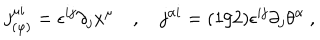
j _ { ( \varphi ) } ^ { \mu i } = \epsilon ^ { i j } \partial _ { j } x ^ { \mu } \quad , \quad j ^ { \alpha i } = ( 1 / 2 ) \epsilon ^ { i j } \partial _ { j } \theta ^ { \alpha } \ ,